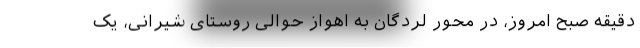
دقیقه صبح امروز، در محور لردگان به اهواز حوالی روستای شیرانی، یک